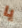
يا